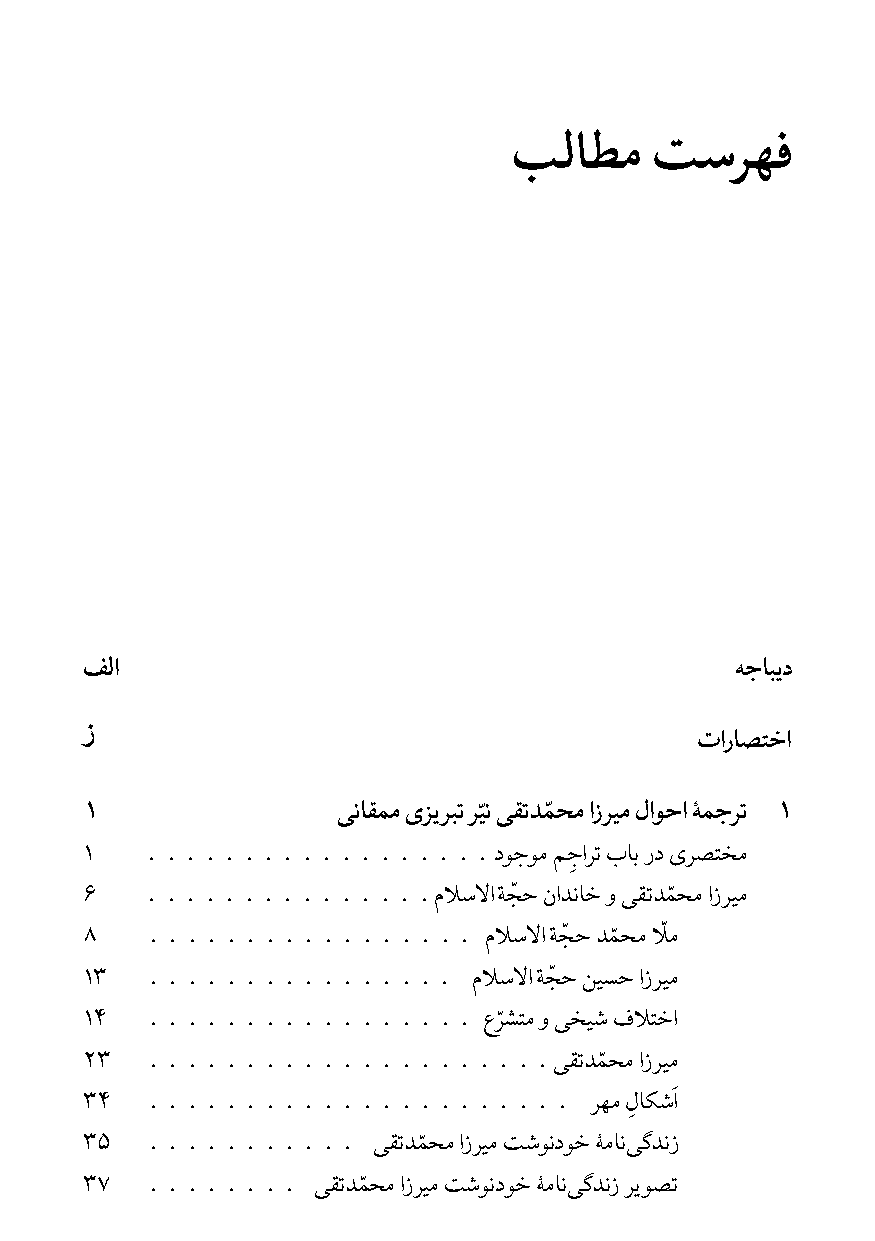
ﺐﻟﺎﻄﻣ    ﺖﺳﺮﻬﻓ
 ﻒﻟا                                        ﻪﺟﺎﺒﯾد
 ز
 تارﺎﺼﺘﺧا
 ّ   ّ
 ۱               ﯽﻧﺎﻘﻤﻣیﺰﯾﺮﺒﺗﺮﯿﻧﯽﻘﺗﺪﻤﺤﻣازﺮﯿﻣلاﻮﺣاﮥﻤﺟﺮﺗ ۱
 ۱   . . . . . . . . . . . . . . . . . . دﻮﺟﻮﻣﻢﺟاﺮﺗبﺎﺑردیﺮﺼﺘﺨﻣ
 ِ
 ّ         ّ
 ۶   . . . . . . . . . . . . . . . مﻼﺳﻻا ﺔﺠﺣناﺪﻧﺎﺧوﯽﻘﺗﺪﻤﺤﻣازﺮﯿﻣ
 ّ  ّ  ّ
 ۸   . . . . . . . . . . . . . . . . . مﻼﺳﻻا ﺔﺠﺣﺪﻤﺤﻣﻼﻣ
 ّ
 ۱۳  . . . . . . . . . . . . . . . . مﻼﺳﻻا ﺔﺠﺣﻦﯿﺴﺣازﺮﯿﻣ
 ّ
 ۱۴  . . . . . . . . . . . . . . . . . عﺮﺸﺘﻣوﯽﺨﯿﺷفﻼﺘﺧا
 ّ
 ۲۳  . . . . . . . . . . . . . . . . . . . . . ﯽﻘﺗﺪﻤﺤﻣازﺮﯿﻣ
 َ
 ۳۴  . . . . . . . . . . . . . . . . . . . . . . ﺮﻬﻣلﺎﮑﺷا
 ِ
 ّ
 ۳۵  . . . . . . . . . . . ﯽﻘﺗﺪﻤﺤﻣازﺮﯿﻣﺖﺷﻮﻧدﻮﺧﮥﻣﺎﻧ ﯽﮔﺪﻧز
 ّ
 ۳۷  . . . . . . . . ﯽﻘﺗﺪﻤﺤﻣازﺮﯿﻣﺖﺷﻮﻧدﻮﺧﮥﻣﺎﻧ ﯽﮔﺪﻧزﺮﯾﻮﺼﺗ